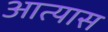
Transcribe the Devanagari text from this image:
आत्यास